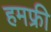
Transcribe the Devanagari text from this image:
हमफ्री